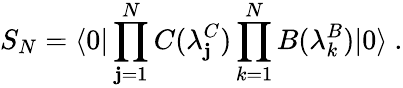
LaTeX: {S}_{N}={\langle0|\prod_{\mathbf{j}=1}^{N}C(\lambda_{\mathbf{j}}^{C})\prod_{k=1}^{N}B(\lambda_{k}^{B})|0\rangle}\ .